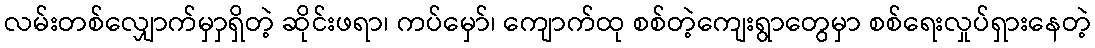
လမ်းတစ်လျှောက်မှာှရှိတဲ့ ဆိုင်းဖရာ၊ ကပ်မှော်၊ ကျောက်ထု စစ်တဲ့ကျေးရွာတွေမှာ စစ်ရေးလှုပ်ရှားနေတဲ့